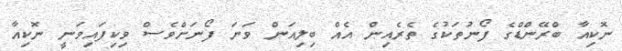
ނޮކިއާ ބްރޭންޑްގެ ފޯނުތަކުގެ ތެރެއިން އެއް ބިލިއަން ވަނަ ފޯނަށްވެސް ވިކިފައިވަނީ ނޮކިއާ